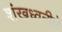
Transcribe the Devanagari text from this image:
शंखध्वनीचे